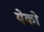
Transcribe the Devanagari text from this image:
येको